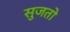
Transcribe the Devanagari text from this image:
सुजतो